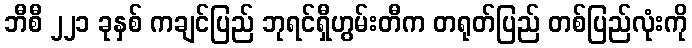
ဘီစီ ၂၂၁ ခုနှစ် ကချင်ပြည် ဘုရင်ရှီဟွမ်းတီက တရုတ်ပြည် တစ်ပြည်လုံးကို